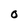
Character: O